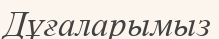
Дұғаларымыз